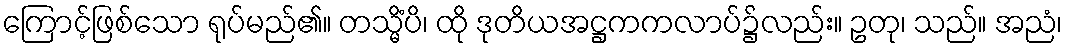
ကြောင့်ဖြစ်သော ရုပ်မည်၏။ တသ္မိံပိ၊ ထို ဒုတိယအဋ္ဌကကလာပ်၌လည်း။ ဥတု၊ သည်။ အညံ၊